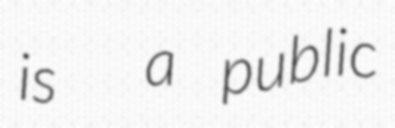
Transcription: is  a public